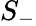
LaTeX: S_{-}